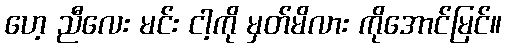
ဟေ့ ညီလေး မင်း ငါ့ကို မှတ်မိလား ကိုအောင်မြင်။